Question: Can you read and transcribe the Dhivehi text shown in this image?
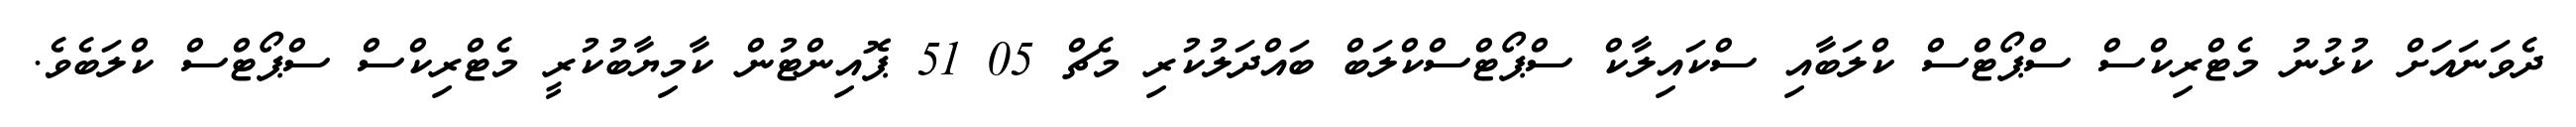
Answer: ދެވަނައަށް ކުޅުނު މެޓްރިކްސް ސްޕޯޓްސް ކްލަބާއި ސްކައިލާކް ސްޕޯޓްސްކްލަބް ބައްދަލުކުރި މެޗް 05 51 ޕޮއިންޓުން ކާމިޔާބުކުރީ މެޓްރިކްސް ސްޕޯޓްސް ކްލަބެވެ.